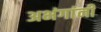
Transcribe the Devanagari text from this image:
अभंगांनी